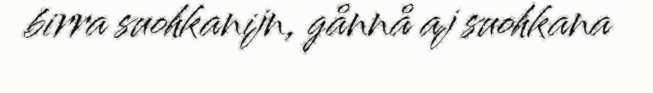
birra suohkanijn, gånnå aj suohkana